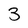
Character: 3